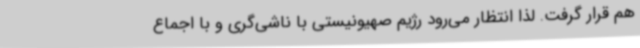
هم قرار گرفت. لذا انتظار می‌رود رژیم صهیونیستی با ناشی‌گری‌ و با اجماع